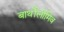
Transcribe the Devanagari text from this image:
बार्थोलोमिव